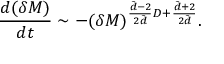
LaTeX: \frac { d ( \delta M ) } { d t } \sim - ( \delta M ) ^ { \frac { \tilde { d } - 2 } { 2 \tilde { d } } D + \frac { \tilde { d } + 2 } { 2 \tilde { d } } } .